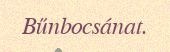
Bűnbocsánat.